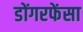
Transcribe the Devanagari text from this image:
डोंगरफेंसा